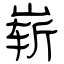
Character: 崭